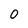
Character: 0